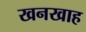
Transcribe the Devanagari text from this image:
खनखाह